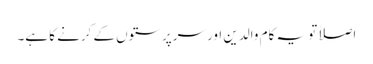
اصلاً تو یہ کام والدین اور سرپرستوں کے کرنے کا ہے۔